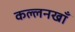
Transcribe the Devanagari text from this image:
कल्लनखाँ